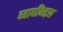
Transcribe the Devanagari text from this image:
व्याधींबद्दल